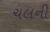
ચલની